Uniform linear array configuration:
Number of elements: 64
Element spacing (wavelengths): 1
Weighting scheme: exponential
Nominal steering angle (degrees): -60
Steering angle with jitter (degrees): -58.912
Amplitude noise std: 0.05
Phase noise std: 0.05

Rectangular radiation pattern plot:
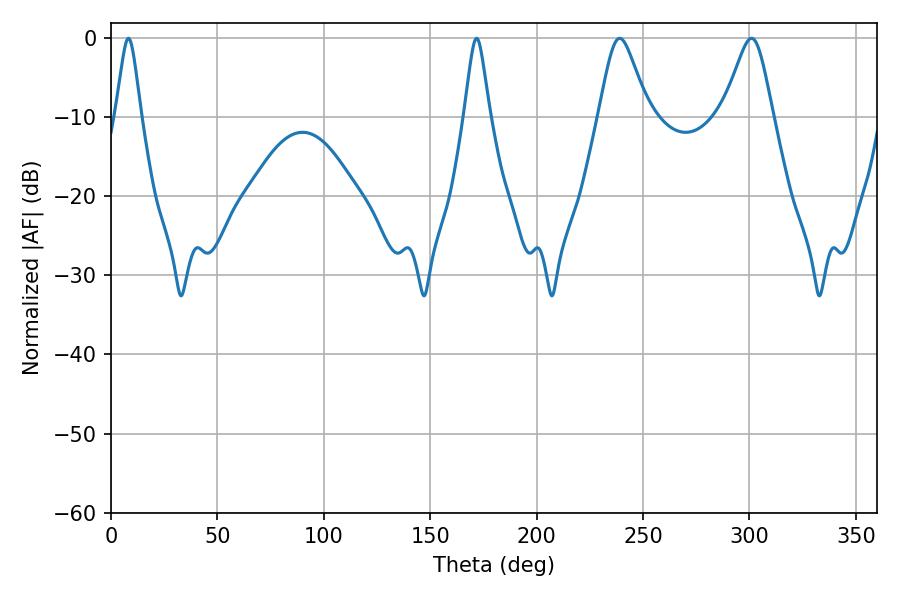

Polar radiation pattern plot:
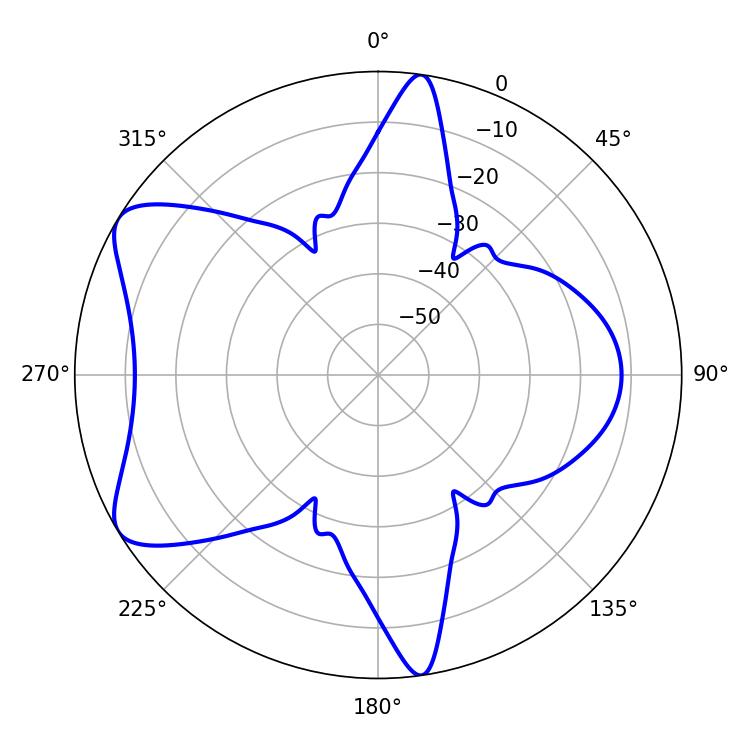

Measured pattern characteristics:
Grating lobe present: TRUE
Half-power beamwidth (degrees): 11.16
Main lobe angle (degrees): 239.04